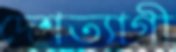
দেশত্যাগী